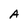
Character: A